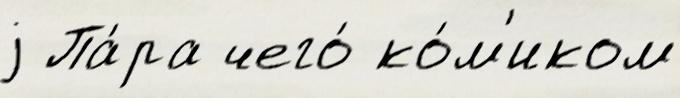
j Па́ра чего́ ко́м'иком